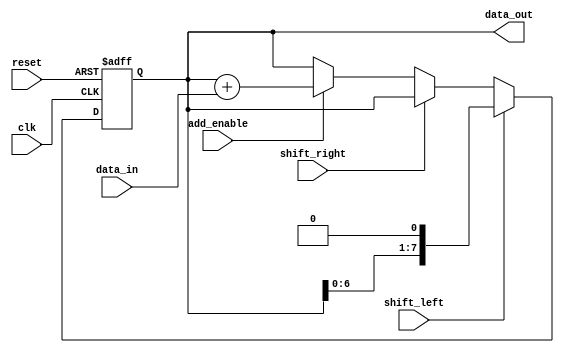
module shift_add_register (
    input wire clk,                // Clock input
    input wire reset,              // Reset input
    input wire shift_left,         // Control signal for left shift
    input wire shift_right,        // Control signal for right shift
    input wire add_enable,         // Control signal for addition operation
    input wire [7:0] data_in,      // Input data
    output reg [7:0] data_out      // Output data
);

reg [7:0] reg_data;                // Internal register to store data

always @(posedge clk or posedge reset) begin
    if (reset) begin
        reg_data <= 8'b0;          // Reset the register data
    end else begin
        if (shift_left) begin
            reg_data <= {reg_data, 1'b0}; // Shift left
        end else if (shift_right) begin
            reg_data <= {1'b0, reg_data}; // Shift right
        end else if (add_enable) begin
            reg_data <= reg_data + data_in; // Perform addition
        end
    end
end

assign data_out = reg_data;        // Output data is the register data

endmodule